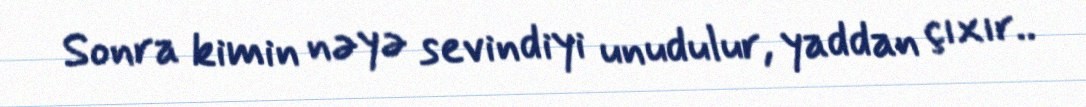
Sonra kimin nəyə sevindiyi unudulur, yaddan çıxır..